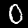
Label: 0